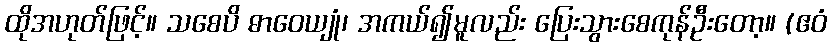
ထိုအဟုတ်ဖြင့်။ သစေပိ ဓာဝေယျုံ၊ အကယ်၍မူလည်း ပြေးသွားစေကုန်ဦးတော့။ (ဧဝံ